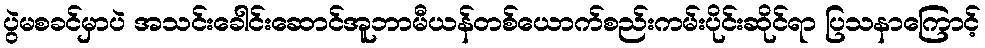
ပွဲမစခင်မှာပဲ အသင်းခေါင်းဆောင်အူဘာမီယန်တစ်ယောက်စည်းကမ်းပိုင်းဆိုင်ရာ ပြသနာကြောင့်